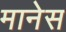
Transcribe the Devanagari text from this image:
मानेस